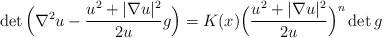
\begin{align*}\det \Big(\nabla^2 u - \frac{u^2 + |\nabla u|^2}{2 u} g\Big)= K (x) \Big(\frac{u^2 + |\nabla u|^2}{2 u}\Big)^n \det g\end{align*}